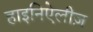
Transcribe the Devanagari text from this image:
हाइनिऐलीज़